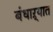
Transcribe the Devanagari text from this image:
बंधाऱ्यात